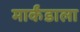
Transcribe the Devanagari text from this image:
मार्कंडाला